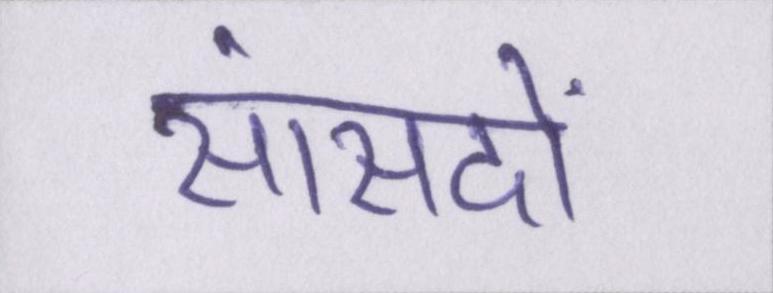
सांसदों